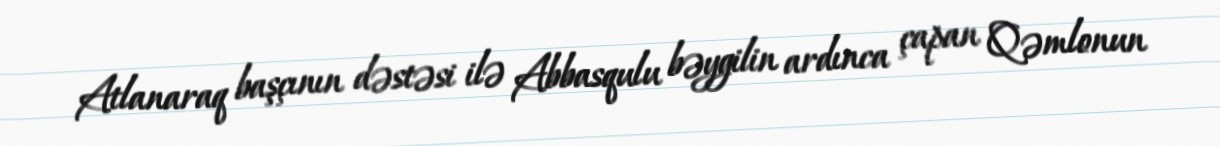
Atlanaraq başçının dəstəsi ilə Abbasqulu bəygilin ardınca çapan Qəmlonun